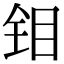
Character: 钼